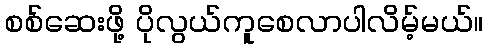
စစ်ဆေးဖို့ ပိုလွယ်ကူစေလာပါလိမ့်မယ်။